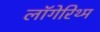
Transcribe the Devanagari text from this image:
लॉगेरिथ्म